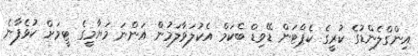
އިންގްލެންޑުގެ ކުރީގެ ކެޕްޓަން ޑޭވިޑް ބެކަމް އެކުލަވާލަމުން އަންނަ މަޔާމީގެ ޓީމަށް ކުޅެފާނެ